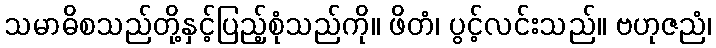
သမာဓိစသည်တို့နှင့်ပြည့်စုံသည်ကို။ ဖိတံ၊ ပွင့်လင်းသည်။ ဗဟုဇညံ၊